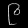
Digit: ၉